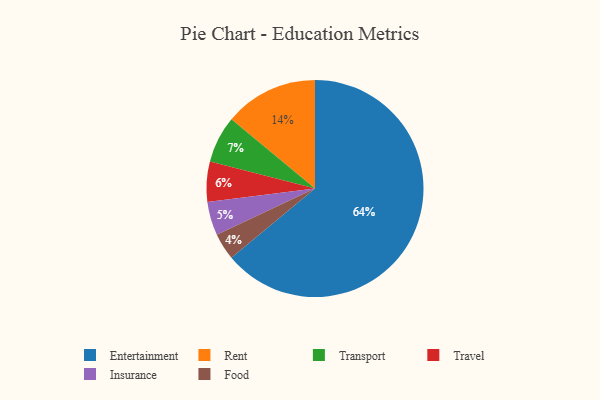
{"axis": {"x": "Category", "y": "Percentage"}, "legend": ["Entertainment", "Food", "Insurance", "Rent", "Transport", "Travel"], "data": [{"x": "Transport", "y": 7, "type": "Transport"}, {"x": "Insurance", "y": 5, "type": "Insurance"}, {"x": "Entertainment", "y": 64, "type": "Entertainment"}, {"x": "Rent", "y": 14, "type": "Rent"}, {"x": "Food", "y": 4, "type": "Food"}, {"x": "Travel", "y": 6, "type": "Travel"}]}